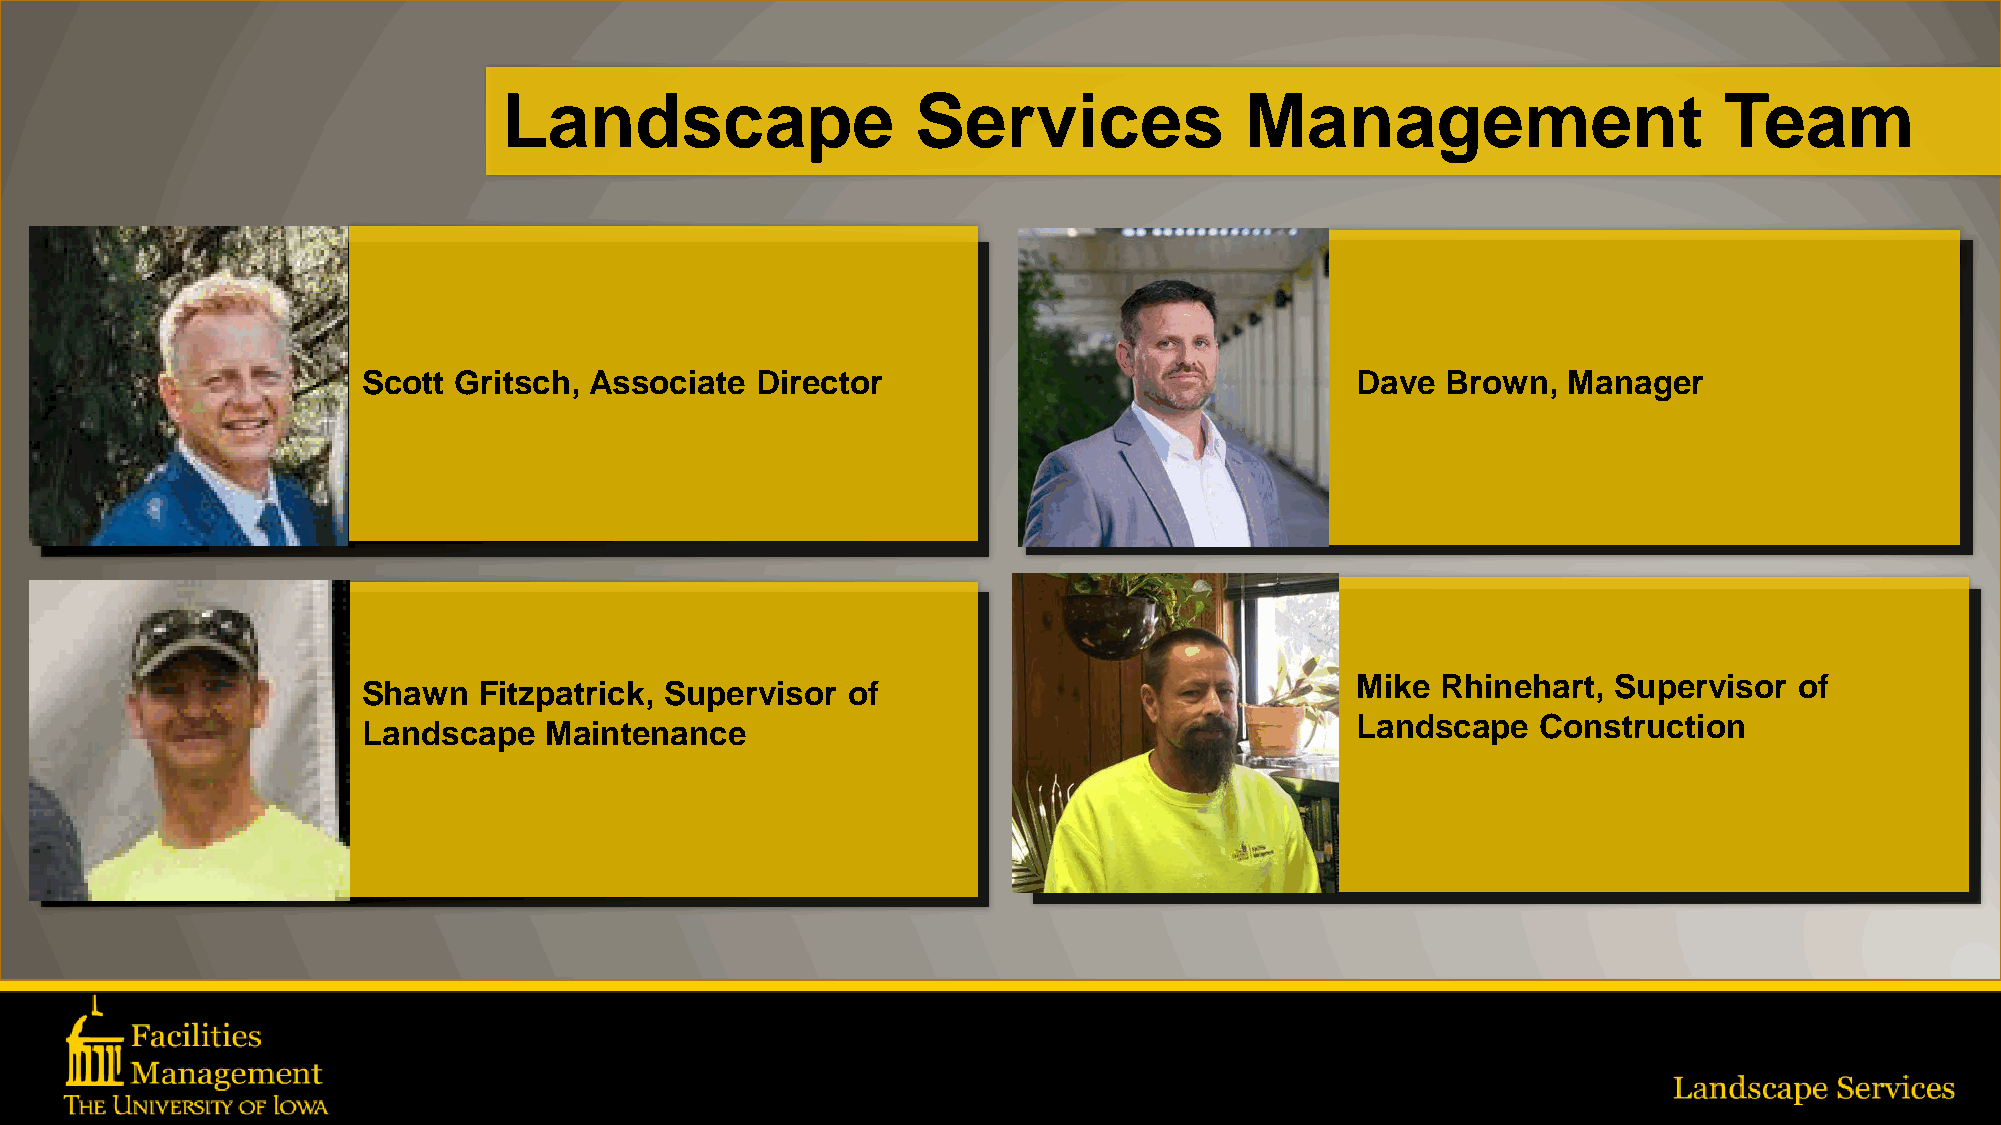
Landscape                   Services             Management                      Team
 Scott Gritsch, Associate  Director                                Dave  Brown,  Manager
 Mike Rhinehart,  Supervisor  of
 Shawn   Fitzpatrick, Supervisor of
 Landscape   Construction
 Landscape   Maintenance